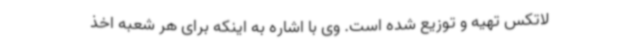
لاتکس تهیه و توزیع شده است. وی با اشاره به اینکه برای هر شعبه اخذ